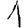
Digit: 1